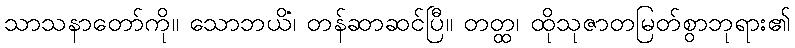
သာသနာတော်ကို။ သောဘယိံ၊ တန်ဆာဆင်ပြီ။ တတ္ထ၊ ထိုသုဇာတမြတ်စွာဘုရား၏